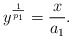
\begin{align*}y^{\frac{1}{p_1}} = \frac{x}{a_1}.\end{align*}